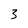
Character: 3